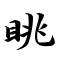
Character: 眺